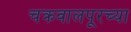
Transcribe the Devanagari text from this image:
चक्रवालपूरच्या